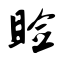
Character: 睑